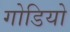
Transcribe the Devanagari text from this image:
गोडियो